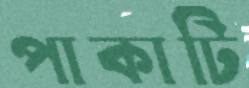
পাকাটি